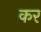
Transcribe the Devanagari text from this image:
कर